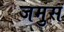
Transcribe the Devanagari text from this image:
जमुस